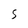
Character: 5